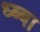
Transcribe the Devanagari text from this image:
ध्ब्बा